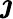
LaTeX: \boldsymbol{\jmath}